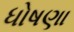
ધોષણા